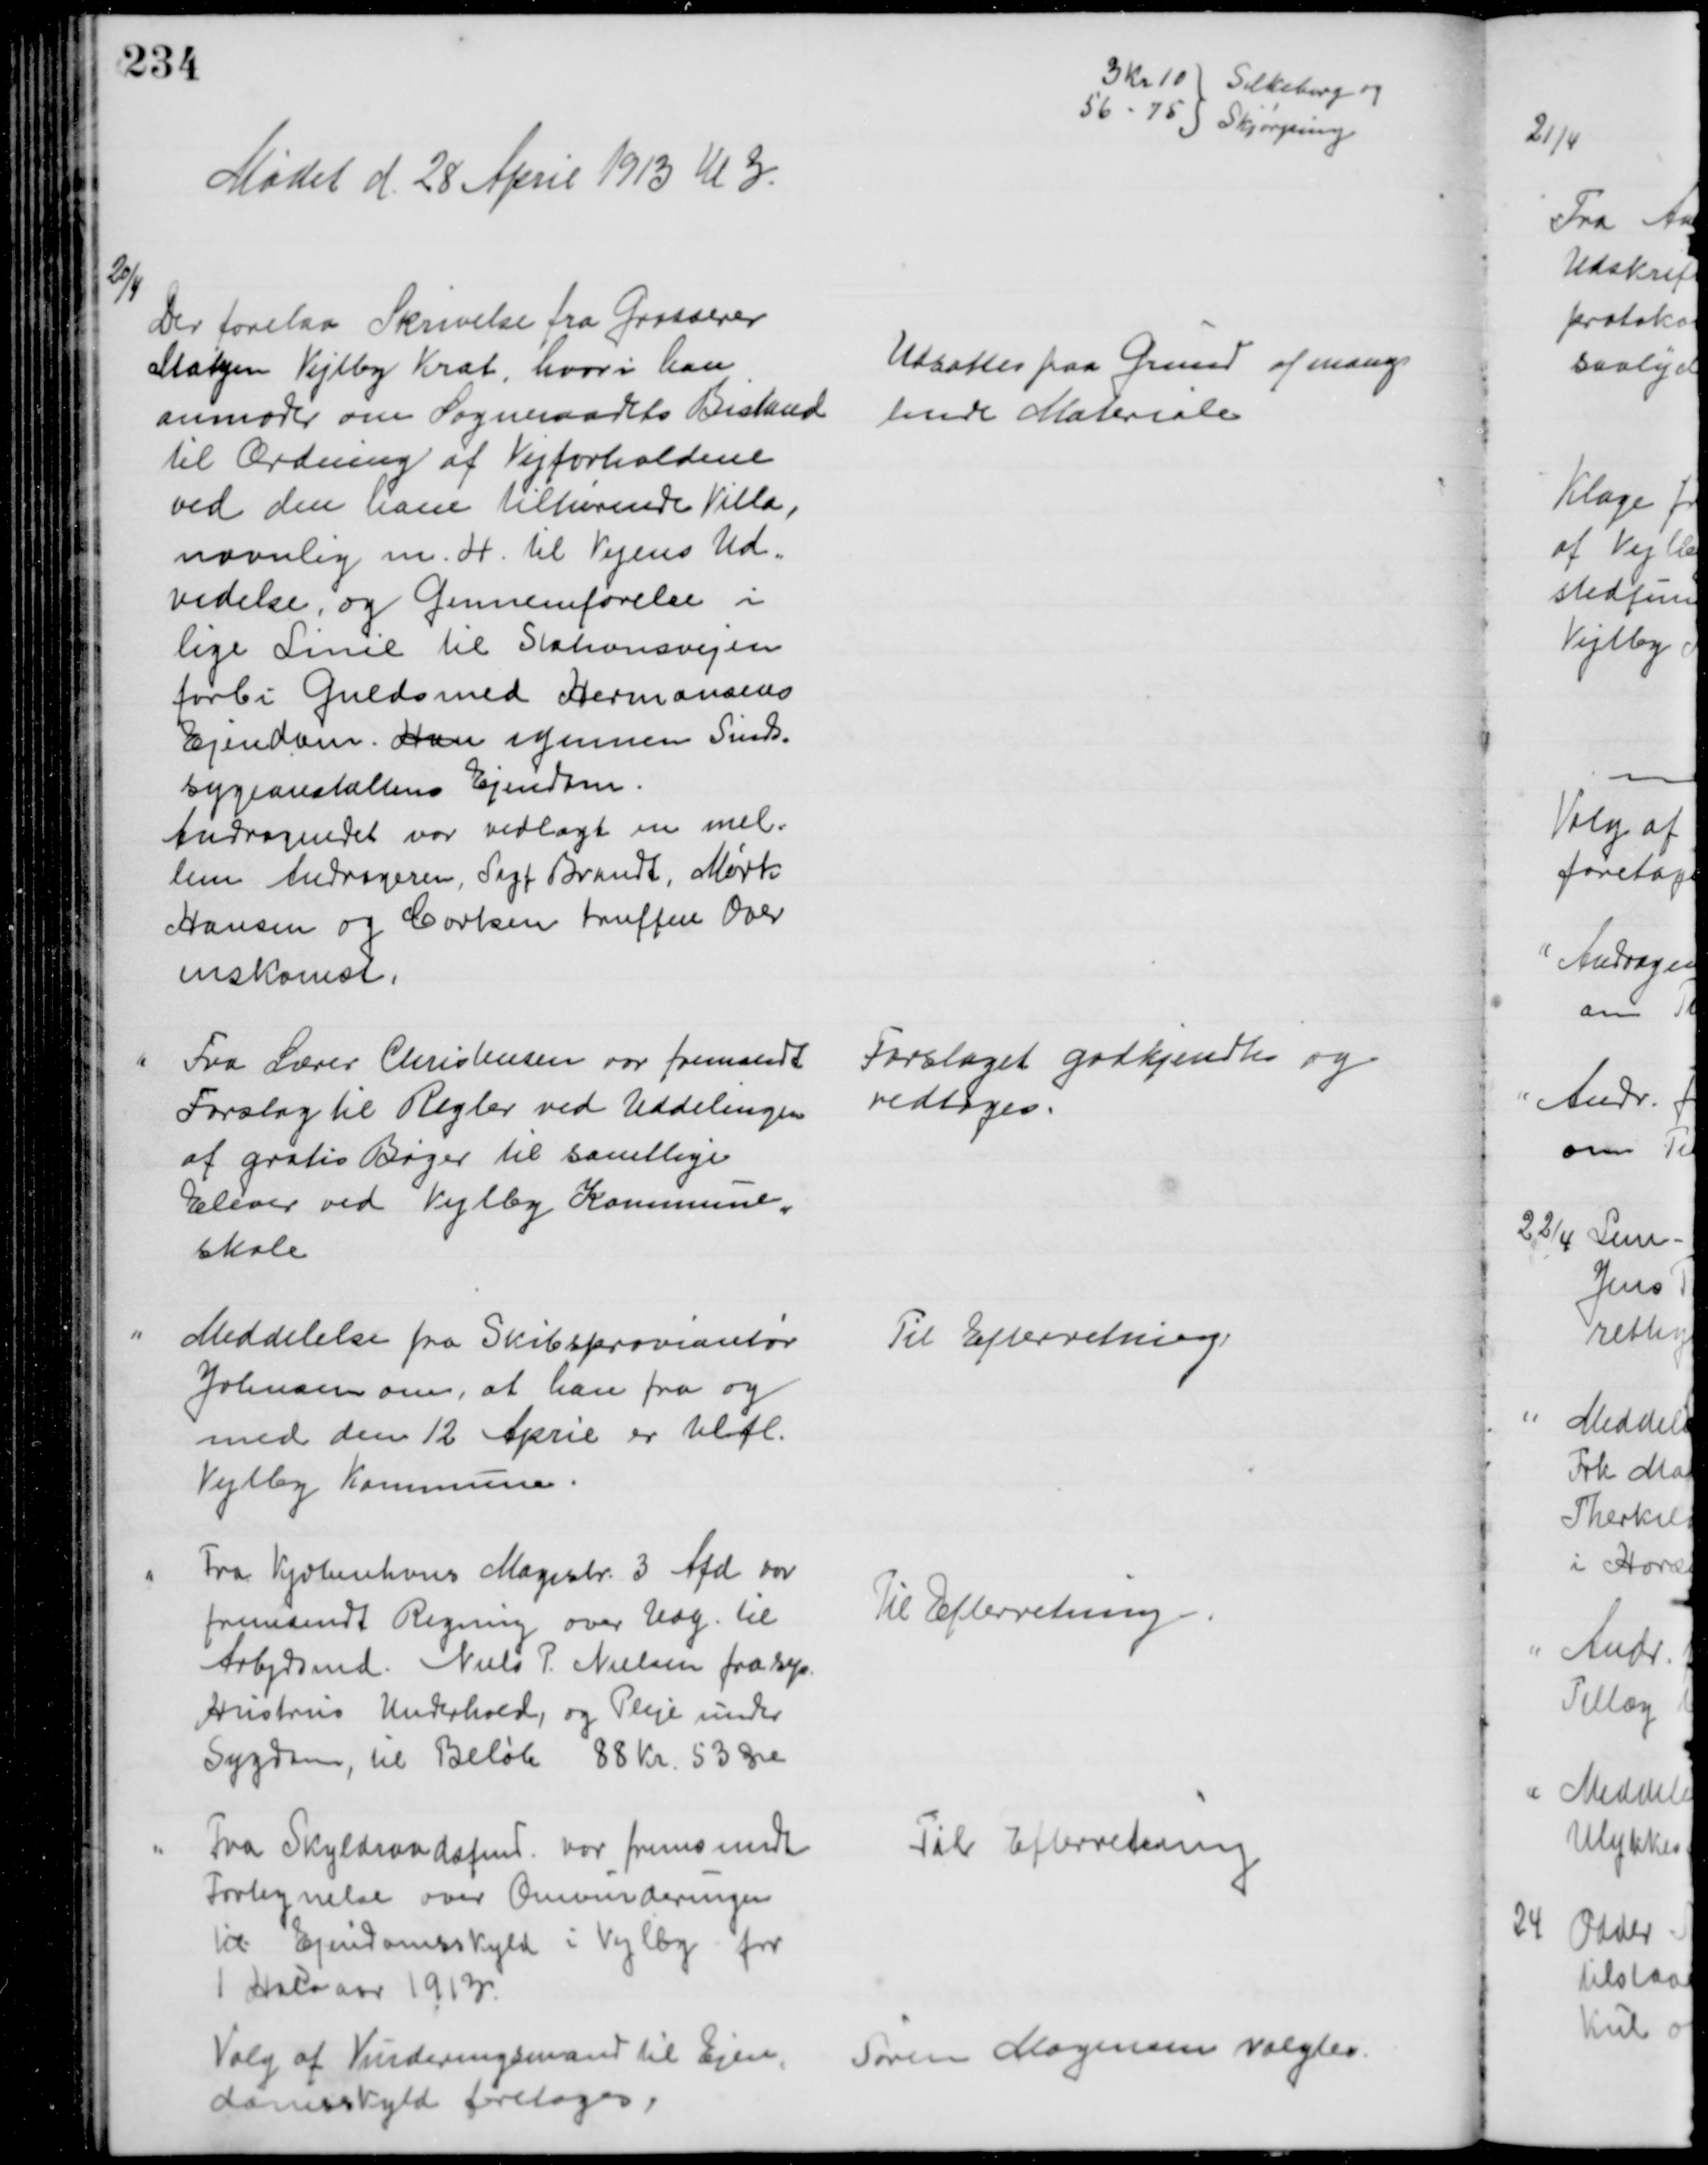
Transskription:
3 Kr 10
56 - 75
Silkeborg og
Skjørping
Mødet d. 28 April 1913 Kl 3.
20/4
Der forelaa Skrivelse fra Grosserer
Matzen Vejlby Krat, hvori han
anmoder om Sogneraadets Bistand
til Ordning af Vejforholdene
ved den ham tilhørende Villa,
navnlig m. H. til Vejens Ud=
videlse, og Gennemførelse i
lige Linie til Stationsvejen
forbi Guldsmed Hermansens
Ejendom. Hæn igennem Sinds=
sygeanstaltens Ejendom.
Andragendet var vedlagt en mel=
lem Andrageren, Sagf. Brandt, Mørk
Hansen og Carlsen truffen Over
enskomst.
Udsattes paa Grund af mang
lende Materiale
Fra Lærer Christensen var fremsendt
Forslag til Regler ved Uddelingen
af gratis Bøger til samtlige
Elever ved Vejlby Kommune=
skole
Forslaget godkjendtes og
vedtoges.
Meddelelse fra Skibsproviantør
Johnsen om, at han fra og
med den 12 April er tilfl.
Vejlby Kommune.
Til Efterretning
Fra Kjøbenhavns Magistr. 3 Afd. var
fremsendt Regning over Udg. til
Arbejdsmd. Niels P. Nielsen frasep.
Hustrus Underhold, og Pleje under
Sygdom, til Beløb 88 Kr. 53 Øre
Til Efterretning.
Fra Skyldraadsfmd. var fremsendt
Fortegnelse over Omvurderingen
til Ejendomsskyld i Vejlby for
1 Halvaar 1913.
Til Efterretning
Valg af Vurderingsmænd til Ejen=
domsskyld foretoges:
Søren Mogensen valgtes.